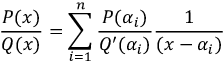
{ \frac { P ( x ) } { Q ( x ) } } = \sum _ { i = 1 } ^ { n } { \frac { P ( \alpha _ { i } ) } { Q ^ { \prime } ( \alpha _ { i } ) } } { \frac { 1 } { ( x - \alpha _ { i } ) } }